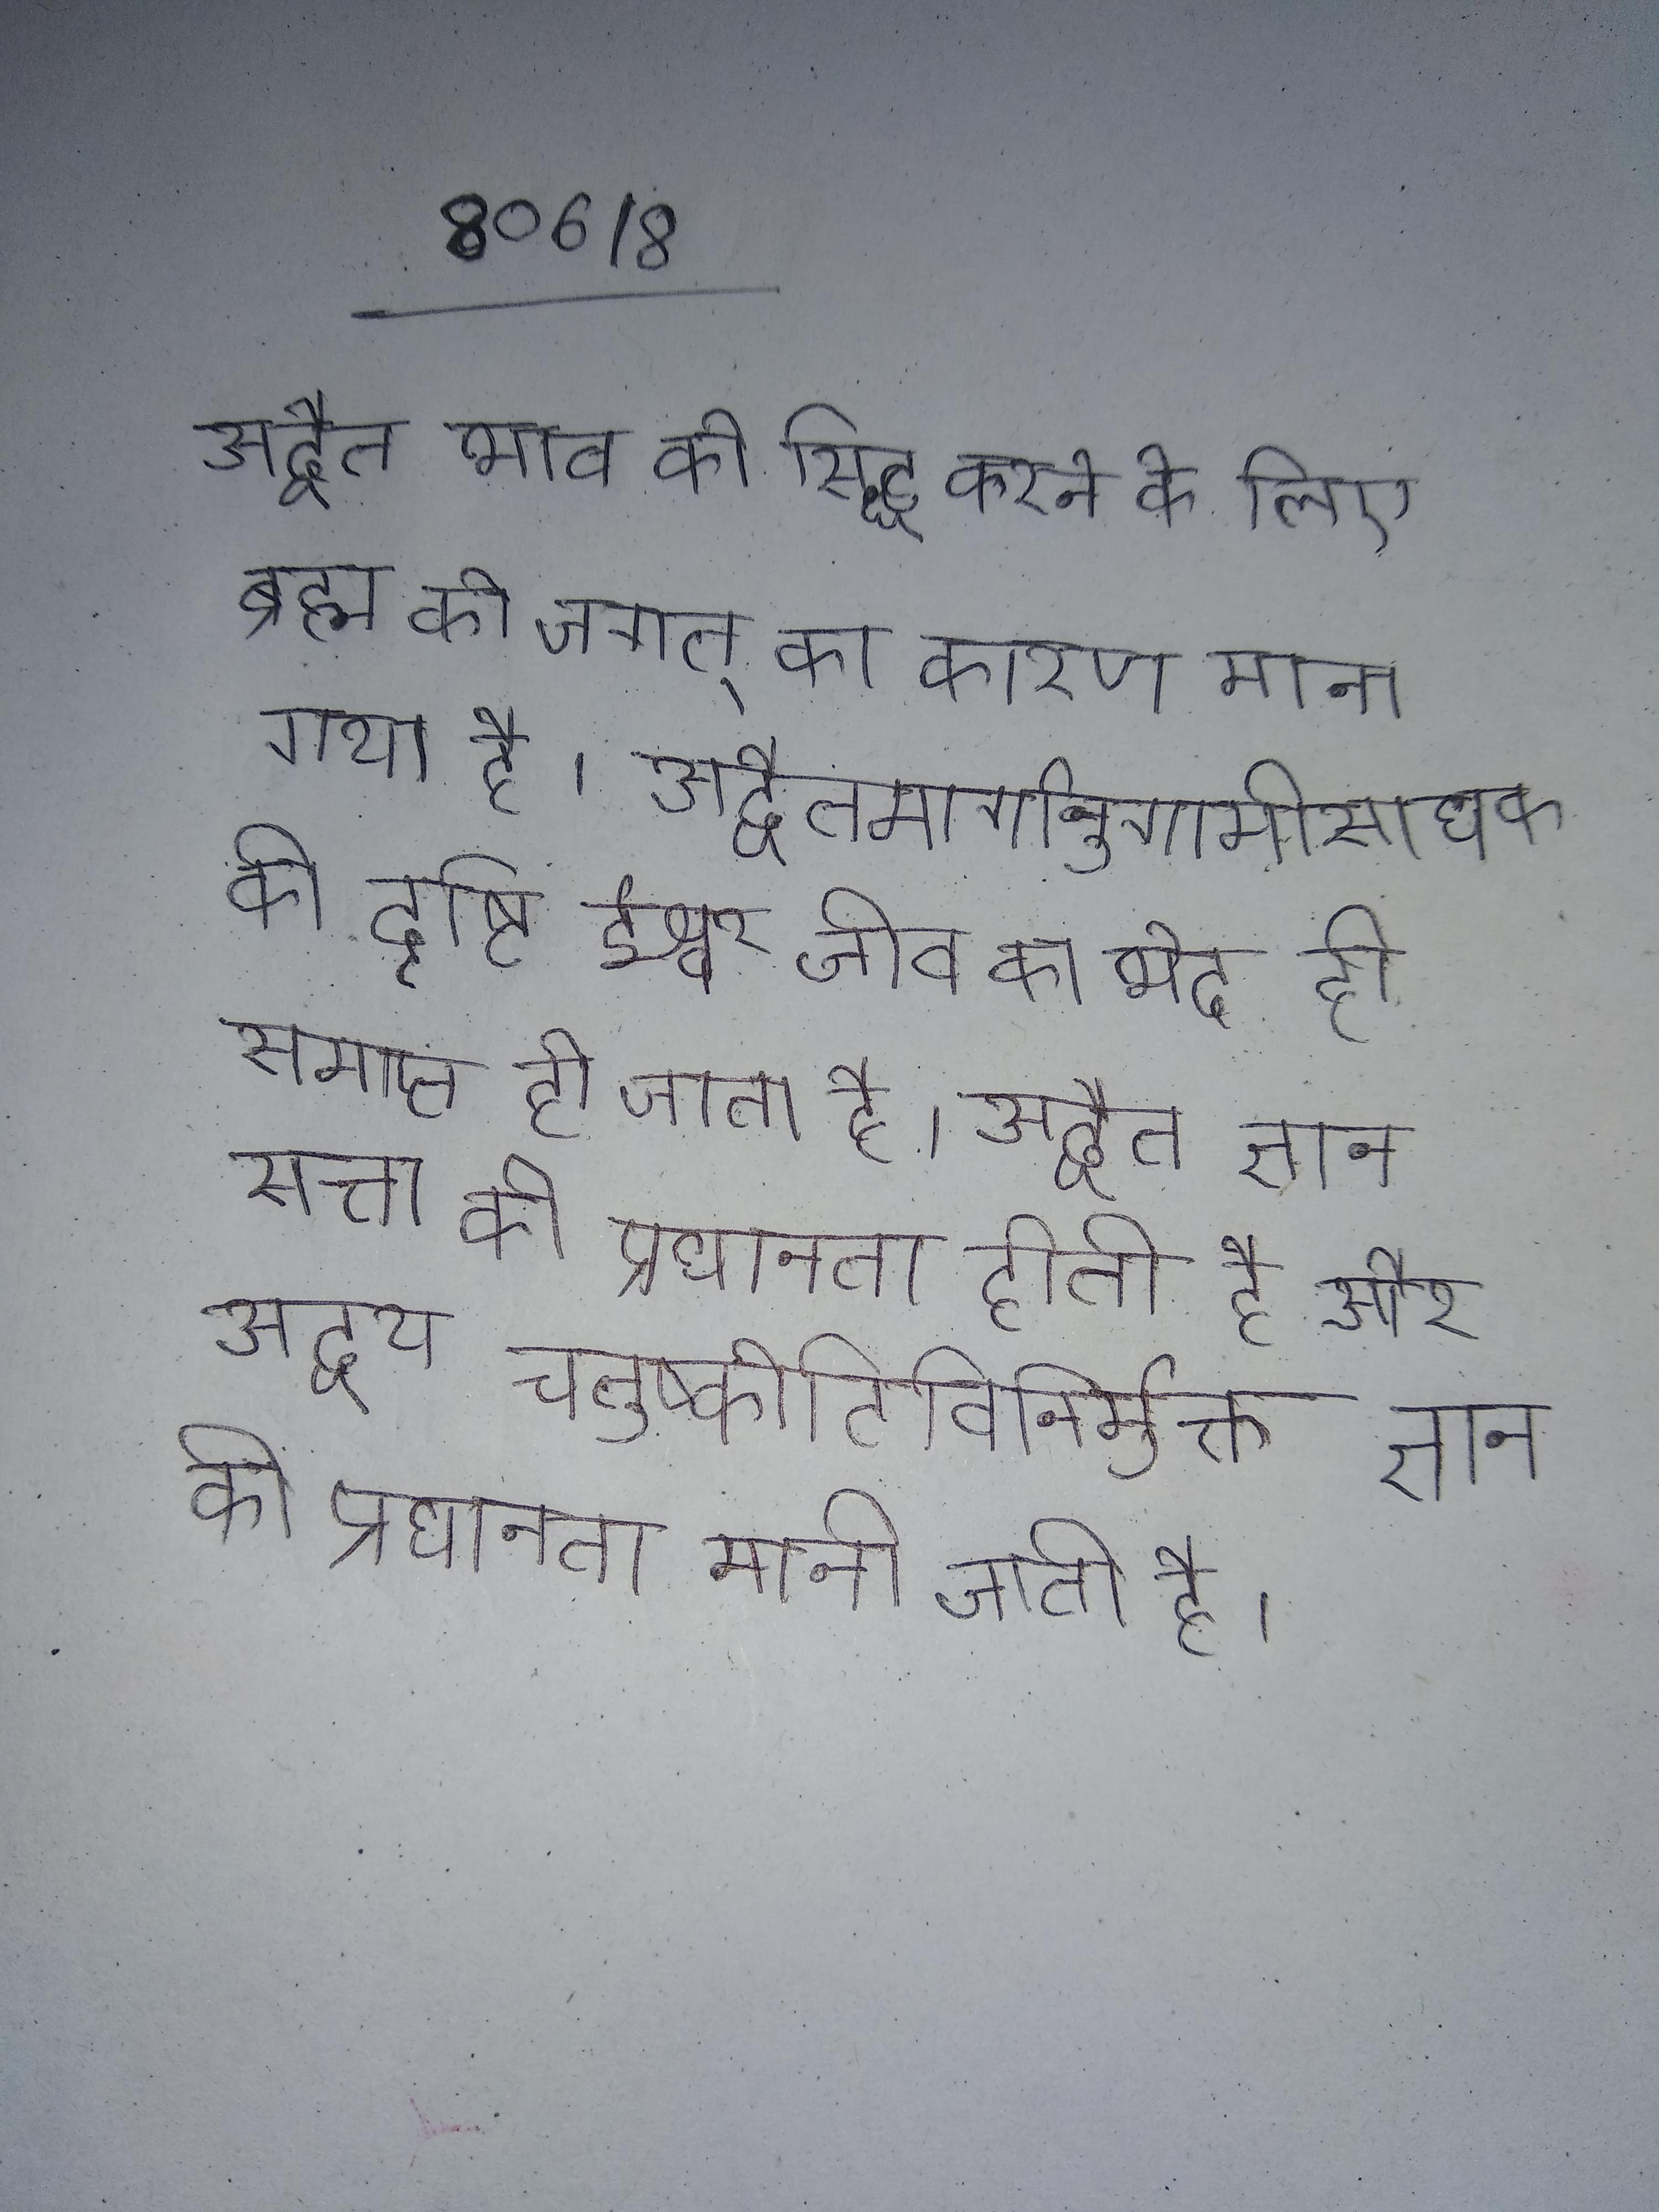
अद्वैत भाव को सिद्ध करने के लिए ब्रह्म को जगत् का कारण माना गया है । अद्वैतमार्गानुगामीसाधक की दृष्टि ईश्वर जीव का भेद ही समाप्त हो जाता है । अद्वैत ज्ञान सत्ता की प्रधानता होती है और अद्वय चतुष्कोटिविनिर्मुक्त ज्ञान की प्रधानता मानी जाती है ।